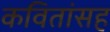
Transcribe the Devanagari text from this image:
कवितांसह